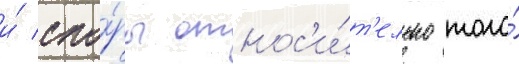
и́ спо́ры относ'и́т'ельно того́